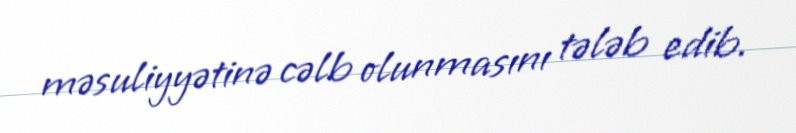
məsuliyyətinə cəlb olunmasını tələb edib.